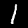
Digit: 1